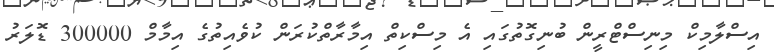
އިސްލާމިކް މިނިސްޓްރީން ބުނިގޮތުގައި އެ މިސްކިތް އިމާރާތްކުރަން ކުވެއިތުގެ އިމާމް 300000 ޑޮލަރު